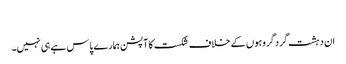
​
ان دہشت گردگروہوں کے خلاف شکست کا آپشن ہمارے پاس ہے ہی نہیں۔